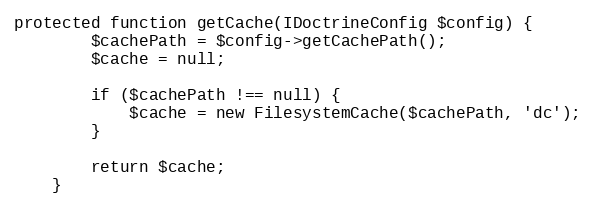
Language: PHP
protected function getCache(IDoctrineConfig $config) {
        $cachePath = $config->getCachePath();
        $cache = null;

        if ($cachePath !== null) {
            $cache = new FilesystemCache($cachePath, 'dc');
        }

        return $cache;
    }